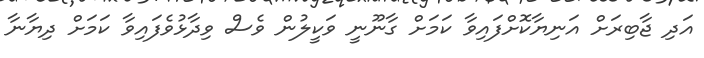
އަދި ޖާބިރަށް އަނިޔާކޮށްފައިވާ ކަމަށް ގާނޫނީ ވަކީލުން ވެސް ވިދާޅުވެފައިވާ ކަމަށް ދިޔާނާ